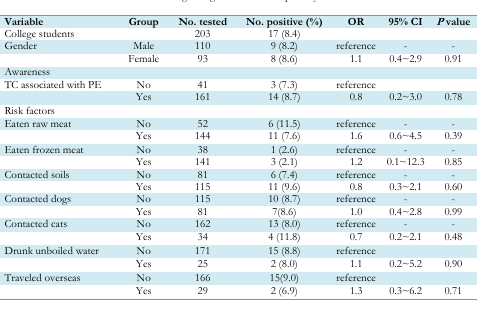
<table><thead><tr><td><b>Variable</b></td><td><b>Group</b></td><td><b>No. tested</b></td><td><b>No. positive (%)</b></td><td><b>OR</b></td><td><b>95% CI</b></td><td><b><i>P</i> value</b></td></tr></thead><tbody><tr><td>College students</td><td></td><td>203</td><td>17 (8.4)</td><td></td><td></td><td></td></tr><tr><td>Gender</td><td>Male</td><td>110</td><td>9 (8.2)</td><td>reference</td><td>-</td><td>-</td></tr><tr><td></td><td>Female</td><td>93</td><td>8 (8.6)</td><td>1.1</td><td>0.4~2.9</td><td>0.91</td></tr><tr><td>Awareness</td><td></td><td></td><td></td><td></td><td></td><td></td></tr><tr><td>TC associated with PE</td><td>No</td><td>41</td><td>3 (7.3)</td><td>reference</td><td></td><td></td></tr><tr><td></td><td>Yes</td><td>161</td><td>14 (8.7)</td><td>0.8</td><td>0.2~3.0</td><td>0.78</td></tr><tr><td>Risk factors</td><td></td><td></td><td></td><td></td><td></td><td></td></tr><tr><td>Eaten raw meat</td><td>No</td><td>52</td><td>6 (11.5)</td><td>reference</td><td>-</td><td>-</td></tr><tr><td></td><td>Yes</td><td>144</td><td>11 (7.6)</td><td>1.6</td><td>0.6~4.5</td><td>0.39</td></tr><tr><td>Eaten frozen meat</td><td>No</td><td>38</td><td>1 (2.6)</td><td>reference</td><td>-</td><td>-</td></tr><tr><td></td><td>Yes</td><td>141</td><td>3 (2.1)</td><td>1.2</td><td>0.1~12.3</td><td>0.85</td></tr><tr><td>Contacted soils</td><td>No</td><td>81</td><td>6 (7.4)</td><td>reference</td><td>-</td><td>-</td></tr><tr><td></td><td>Yes</td><td>115</td><td>11 (9.6)</td><td>0.8</td><td>0.3~2.1</td><td>0.60</td></tr><tr><td>Contacted dogs</td><td>No</td><td>115</td><td>10 (8.7)</td><td>reference</td><td>-</td><td>-</td></tr><tr><td></td><td>Yes</td><td>81</td><td>7(8.6)</td><td>1.0</td><td>0.4~2.8</td><td>0.99</td></tr><tr><td>Contacted cats</td><td>No</td><td>162</td><td>13 (8.0)</td><td>reference</td><td>-</td><td>-</td></tr><tr><td></td><td>Yes</td><td>34</td><td>4 (11.8)</td><td>0.7</td><td>0.2~2.1</td><td>0.48</td></tr><tr><td>Drunk unboiled water</td><td>No</td><td>171</td><td>15 (8.8)</td><td>reference</td><td></td><td></td></tr><tr><td></td><td>Yes</td><td>25</td><td>2 (8.0)</td><td>1.1</td><td>0.2~5.2</td><td>0.90</td></tr><tr><td>Traveled overseas</td><td>No</td><td>166</td><td>15(9.0)</td><td>reference</td><td></td><td></td></tr><tr><td></td><td>Yes</td><td>29</td><td>2 (6.9)</td><td>1.3</td><td>0.3~6.2</td><td>0.71</td></tr></tbody></table>